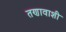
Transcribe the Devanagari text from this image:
तणावाशी